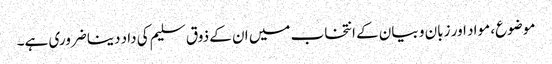
موضوع، مواد اور زبان و بیان کے انتخاب میں ان کے ذوق سلیم کی داد دینا ضروری ہے۔